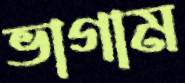
ভাগাম